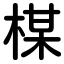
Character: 楳